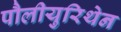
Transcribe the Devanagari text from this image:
पौलीयुरिथेन